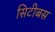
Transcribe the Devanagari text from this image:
सिटीबस